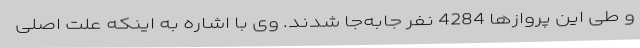
و طی این پروازها 4284 نفر جابه‌جا شدند. وی با اشاره به اینکه علت اصلی